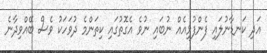
އަދި ކަނޑާނުލައި ފެންފުޅިއެއް ނުބައި ނުވެ އެގޮތުގައި ކިތަންމެ ދުވަހަކު ވެސް ބޭއްވިދާނެ